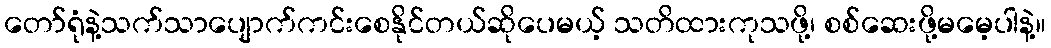
တော်ရုံနဲ့သက်သာပျောက်ကင်းစေနိုင်တယ်ဆိုပေမယ့် သတိထားကုသဖို့၊ စစ်ဆေးဖို့မမေ့ပါနဲ့။